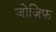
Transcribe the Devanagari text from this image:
जोज़िफ़